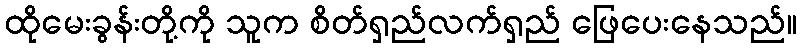
ထိုမေးခွန်းတို့ကို သူက စိတ်ရှည်လက်ရှည် ဖြေပေးနေသည်။